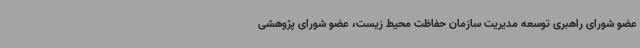
عضو شورای راهبری توسعه مدیریت سازمان حفاظت محیط زیست، عضو شورای پژوهشی